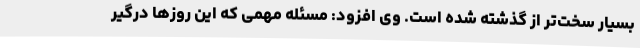
بسیار سخت‌تر از گذشته شده است. وی افزود: مسئله مهمی که این روزها درگیر